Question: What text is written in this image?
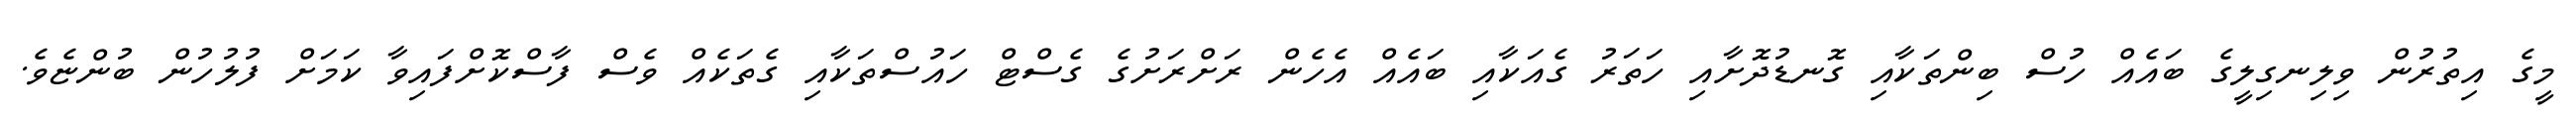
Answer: މީގެ އިތުރުން ވިލިނގިލީގެ ބައެއް ހުސް ބިންތަކާއި ގޮނޑުދޮށާއި ހަތަރު ގެއަކާއި ބައެއް އެހެން ރަށްރަށުގެ ގެސްޓް ހައުސްތަކާއި ގެތަކެއް ވެސް ފާސްކޮށްފައިވާ ކަމަށް ފުލުހުން ބުންޏެވެ.